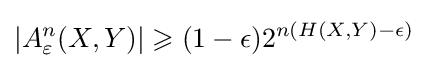
\left|A_{\varepsilon }^{n}(X,Y)\right|\geqslant (1-\epsilon )2^{n(H(X,Y)-\epsilon )}